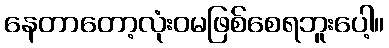
နေတာတော့လုံးဝမဖြစ်စေရဘူးပေါ့။